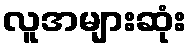
လူအများဆုံး